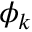
\boldsymbol { \phi } _ { k }